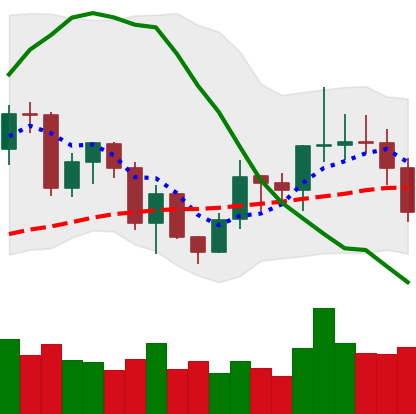
Ticker: LINK-USD
Chart end date: 2020-12-21
Forward return: -11.158%
Label: down_7plus